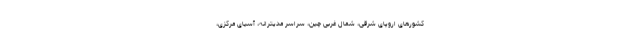
کشورهای اروپای شرقی، شمال غربی چین، سراسر مدیترانه، آسیای مرکزی،